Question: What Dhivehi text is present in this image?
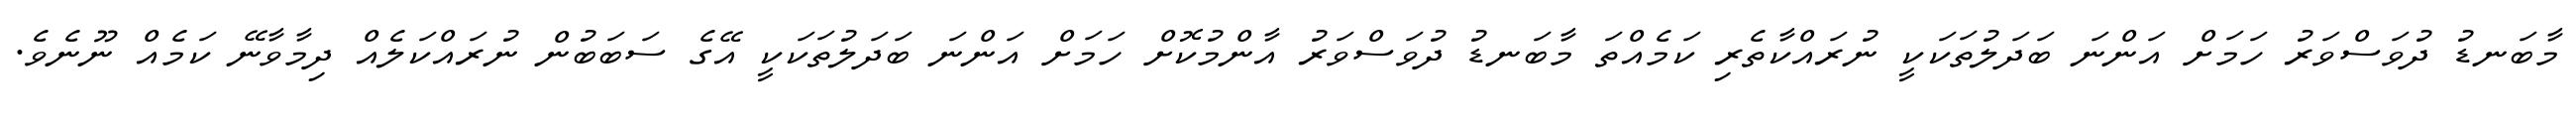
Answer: މާބަނޑު ދުވަސްވަރު ހަމަށް އަންނަ ބަދަލުތަކަކީ ނުރައްކާތެރި ކަމެއްތަ މާބަނޑު ދުވަސްވަރު އާންމުކޮށް ހަމަށް އަންނަ ބަދަލުތަކަކީ އޭގެ ސަބަބުން ނުރައްކަލެއް ދިމާވާނޭ ކަމެއް ނޫނެވެ.